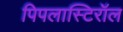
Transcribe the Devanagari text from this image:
पिपलास्टिरॉल